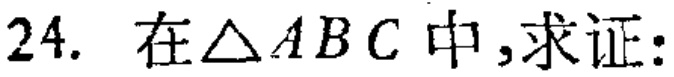
在$\triangle ABC$中,求证: